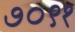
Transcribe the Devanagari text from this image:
७०९१